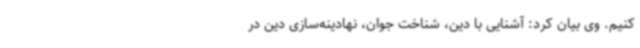
کنیم. وی بیان کرد: آشنایی با دین، شناخت جوان، نهادینه‌سازی دین در